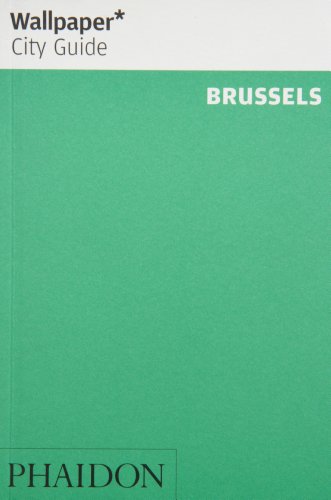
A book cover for Wallpaper* City Guide Brussels 2013 (Wallpaper City Guides); Travel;